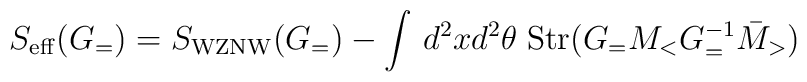
S_{\rm eff}(G_=)=S_{\rm WZNW}(G_=)-\int\,d^2xd^2\theta\;{\rm Str} (G_=M_<G^{-1}_=\bar{M}_>)